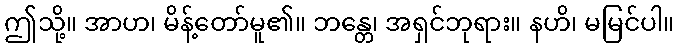
ဤသို့။ အာဟ၊ မိန့်တော်မူ၏။ ဘန္တေ၊ အရှင်ဘုရား။ နဟိ၊ မမြင်ပါ။